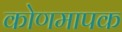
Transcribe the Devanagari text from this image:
कोणमापक